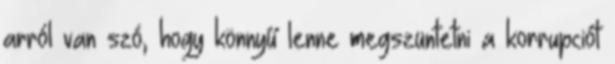
arról van szó, hogy könnyű lenne megszüntetni a korrupciót